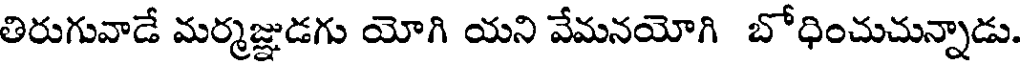
తిరుగువాడే మర్మజ్ఞుడగు యోగి యని వేమనయోగి బోధించుచున్నాడు.